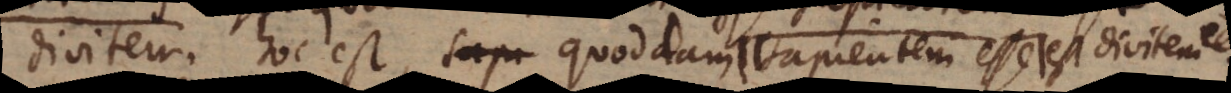
divitem, hoc est, quoddam sapientem esse est divitem